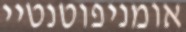
אומניפוטנטיי